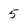
Character: 5